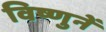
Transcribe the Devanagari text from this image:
विष्णुनें